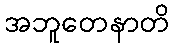
အဘူတေနာတိ